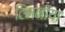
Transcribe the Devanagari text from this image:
टिमनीया